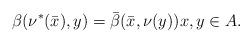
LaTeX: \begin{align*}\beta(\nu^*(\bar{x}), y) = \bar{\beta}(\bar{x},\nu(y)) x,y \in A.\end{align*}